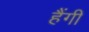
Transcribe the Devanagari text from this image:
हैंगी